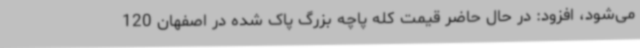
می‌شود، افزود: در حال حاضر قیمت کله پاچه بزرگ پاک شده در اصفهان 120